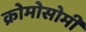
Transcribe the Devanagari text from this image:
क्रोमोसोमी